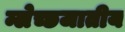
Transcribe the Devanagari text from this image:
म्लेच्छजातीय